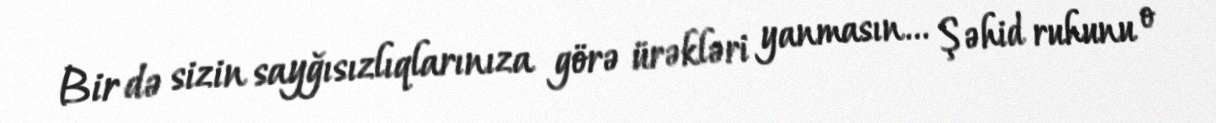
Bir də sizin sayğısızlıqlarınıza görə ürəkləri yanmasın... Şəhid ruhunu o